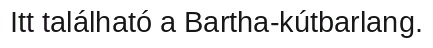
Itt található a Bartha-kútbarlang.